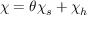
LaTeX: \chi = \theta \chi _ { s } + \chi _ { h }